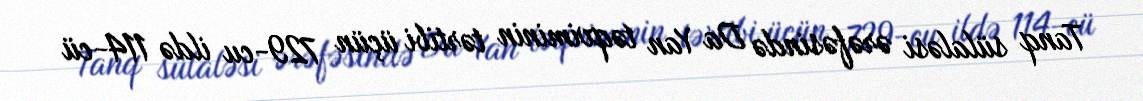
Tanq sülaləsi ərəfəsində Da Yan təqviminin tərtibi üçün 729-cu ildə 114-cü